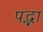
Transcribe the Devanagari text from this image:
पद्भा